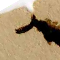
٦